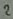
Text: 2